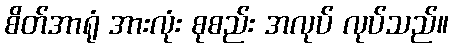
စိတ်အာရုံ အားလုံး စုစည်း အလုပ် လုပ်သည်။